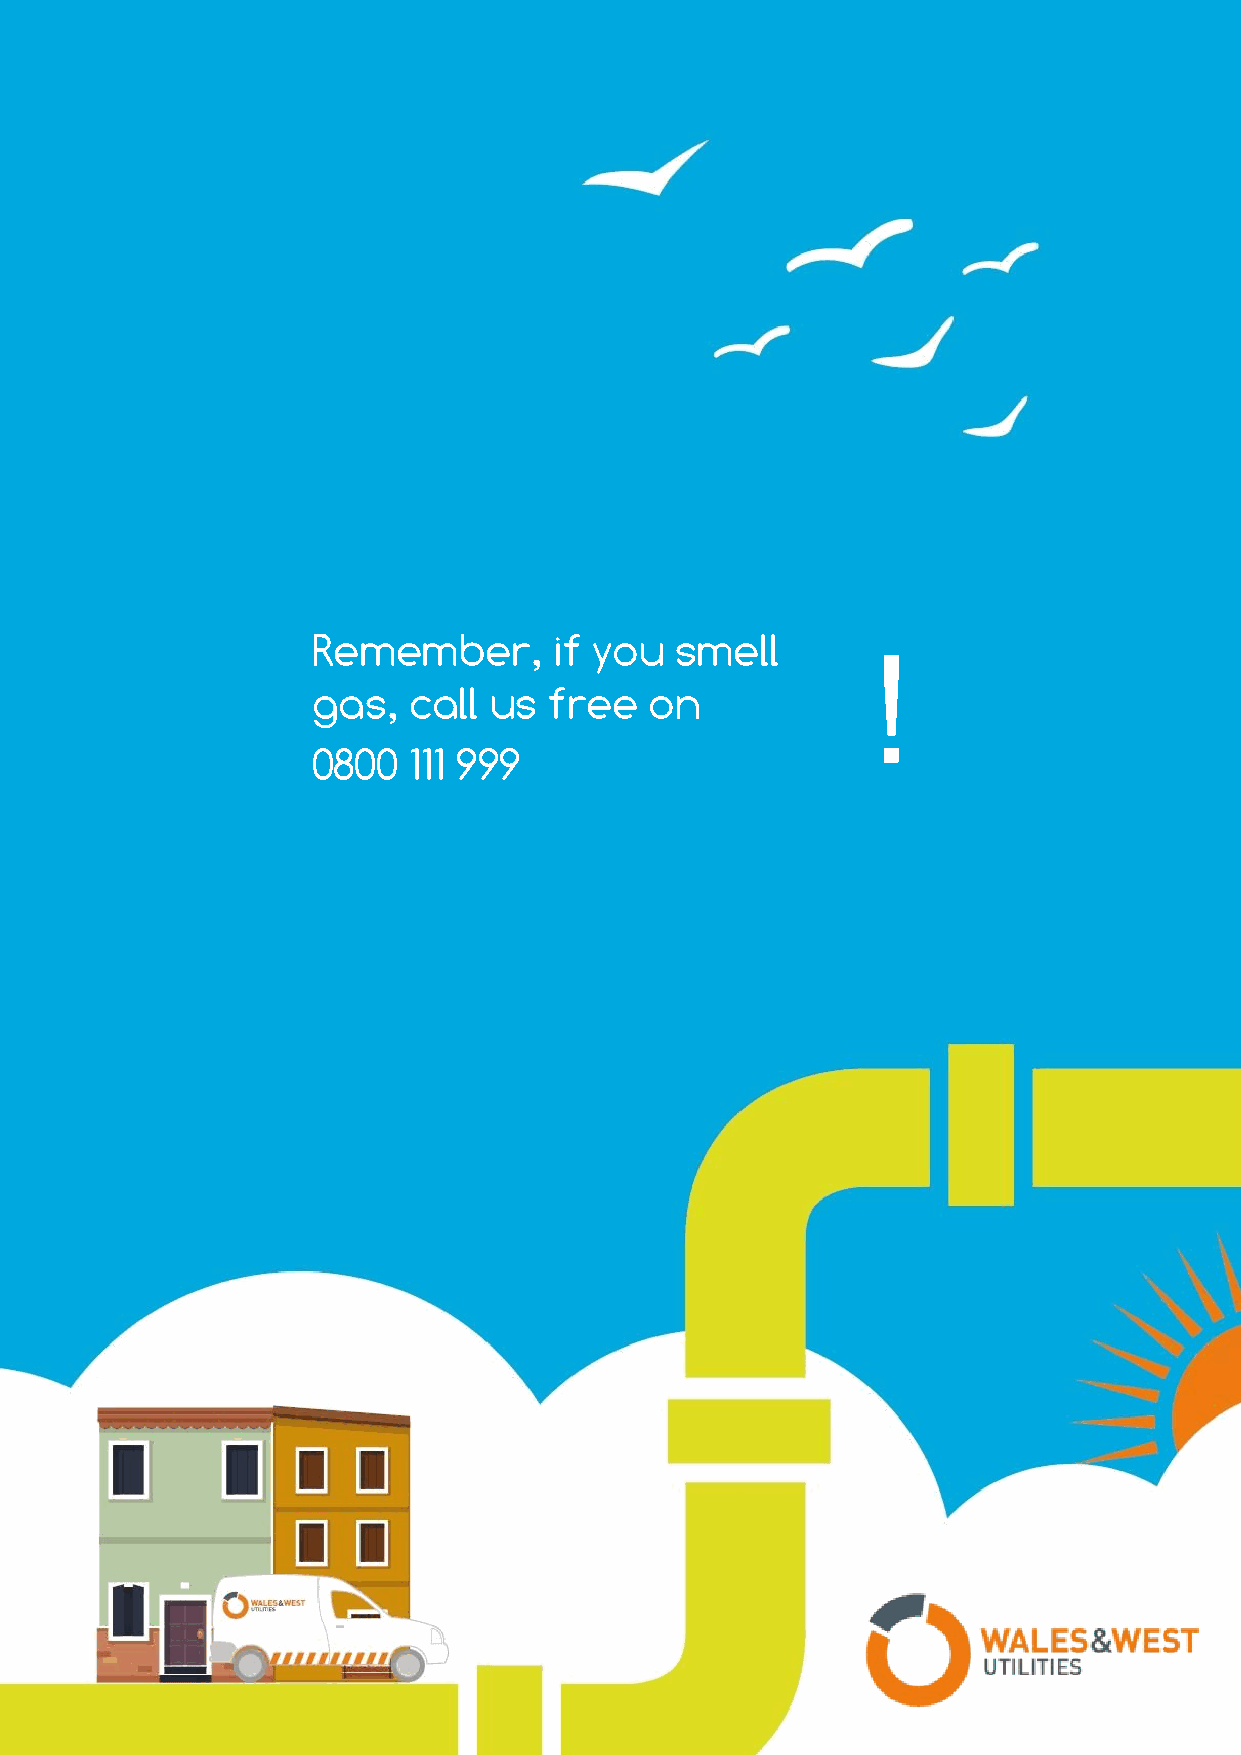
Remember,       if you  smell
 !
 gas,  call us  free   on
 0800  111 999
 2021 Exit Capacity Planning Methodology Statement
 1